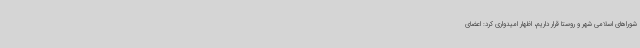
شوراهای اسلامی شهر و روستا قرار داریم، اظهار امیدواری کرد: اعضای